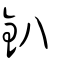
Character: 釟